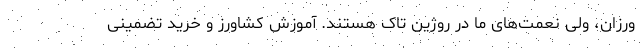
ورزان، ولی نعمت‌های ما در روژین تاک هستند. آموزش کشاورز و خرید تضمینی